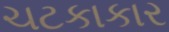
ચટકાકાર